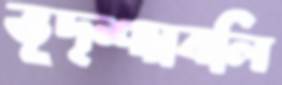
ভূদৃশ্যাবলি